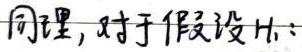
同理，对于假设\(H_{1}:\)